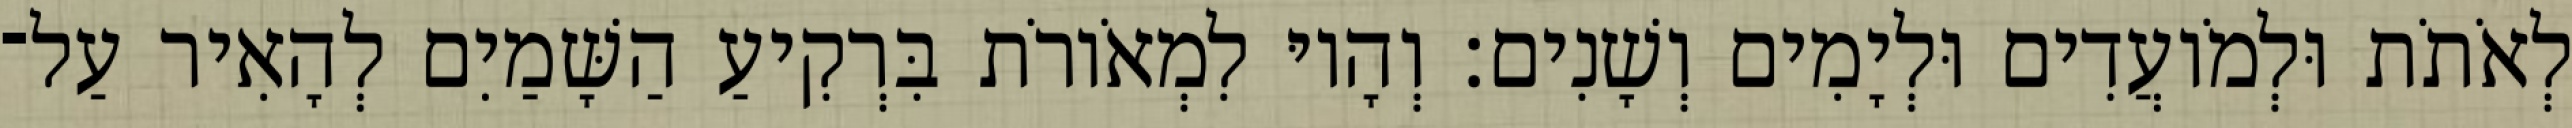
לְאֹתֹת וּלְמֹועֲדִים וּלְיָמִים וְשָׁנִים׃ וְהָיוּ לִמְאֹורֹת בִּרְקִיעַ הַשָּׁמַיִם לְהָאִיר עַל־